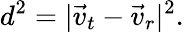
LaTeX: d^{2}=|\vec{v}_{t}-\vec{v}_{r}|^{2}.